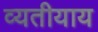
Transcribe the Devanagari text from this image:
व्यतीयाय